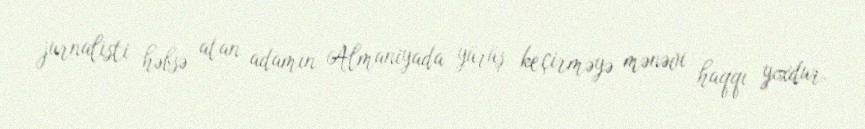
jurnalisti həbsə atan adamın Almaniyada yürüş keçirməyə mənəvi haqqı yoxdur.